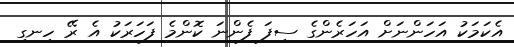
އެކަމަކު އަހަންނަށް އަހަރެންގެ ސިފަ ފެންނަ ކޮންމެ ފަހަރަކު އެ ރޭ ހިނގި